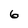
Character: 6